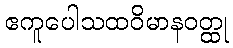
ဧကူပေါသထဝိမာနဝတ္ထု